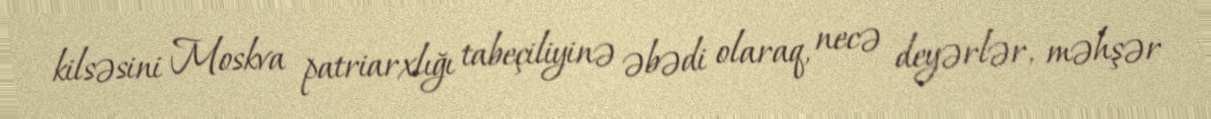
kilsəsini Moskva patriarxlığı tabeçiliyinə əbədi olaraq, necə deyərlər, məhşər